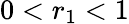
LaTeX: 0<r_{1}<1